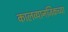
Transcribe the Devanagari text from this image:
कालव्यानजिकच्या